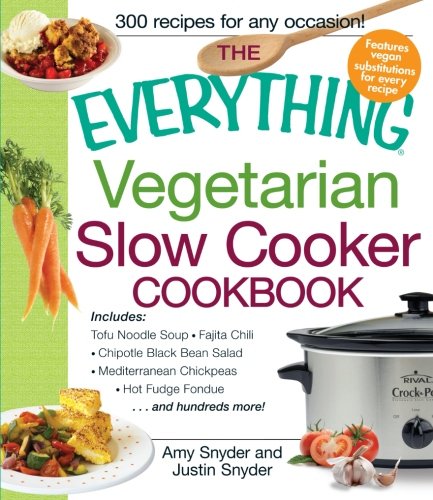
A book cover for The Everything Vegetarian Slow Cooker Cookbook: Includes Tofu Noodle Soup, Fajita Chili, Chipotle Black Bean Salad, Mediterranean Chickpeas, Hot Fudge Fondue ...and hundreds more! (Everything (Cooking)); Amy Snyder; Cookbooks, Food & Wine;